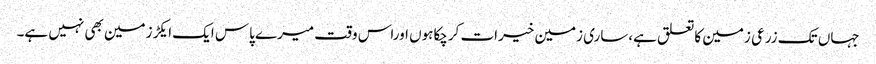
جہاں تک زرعی زمین کاتعلق ہے،ساری زمین خیرات کرچکاہوں اوراس وقت میرے پاس ایک ایکڑزمین بھی نہیں ہے۔